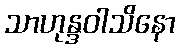
သာဟုန္ဒဝါသိနော